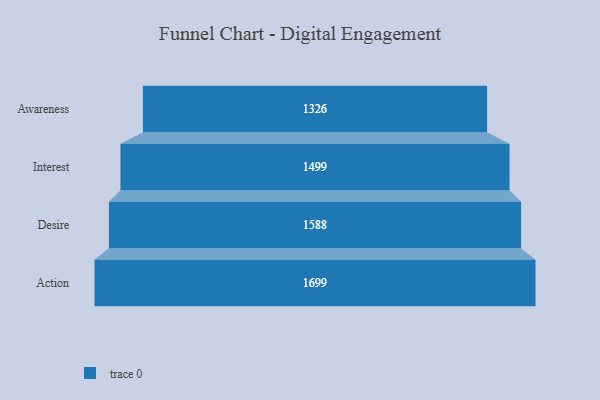
{"axis": {"x": "Stage", "y": "Value"}, "legend": [""], "data": [{"x": "Awareness", "y": 1326.0, "type": ""}, {"x": "Interest", "y": 1499.0, "type": ""}, {"x": "Desire", "y": 1588.0, "type": ""}, {"x": "Action", "y": 1699.0, "type": ""}]}